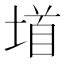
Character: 𫮐